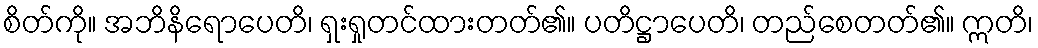
စိတ်ကို။ အဘိနိရောပေတိ၊ ရှးရှုတင်ထားတတ်၏။ ပတိဋ္ဌာပေတိ၊ တည်စေတတ်၏။ ဣတိ၊